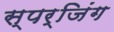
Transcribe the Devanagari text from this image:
स्पर्जिंग